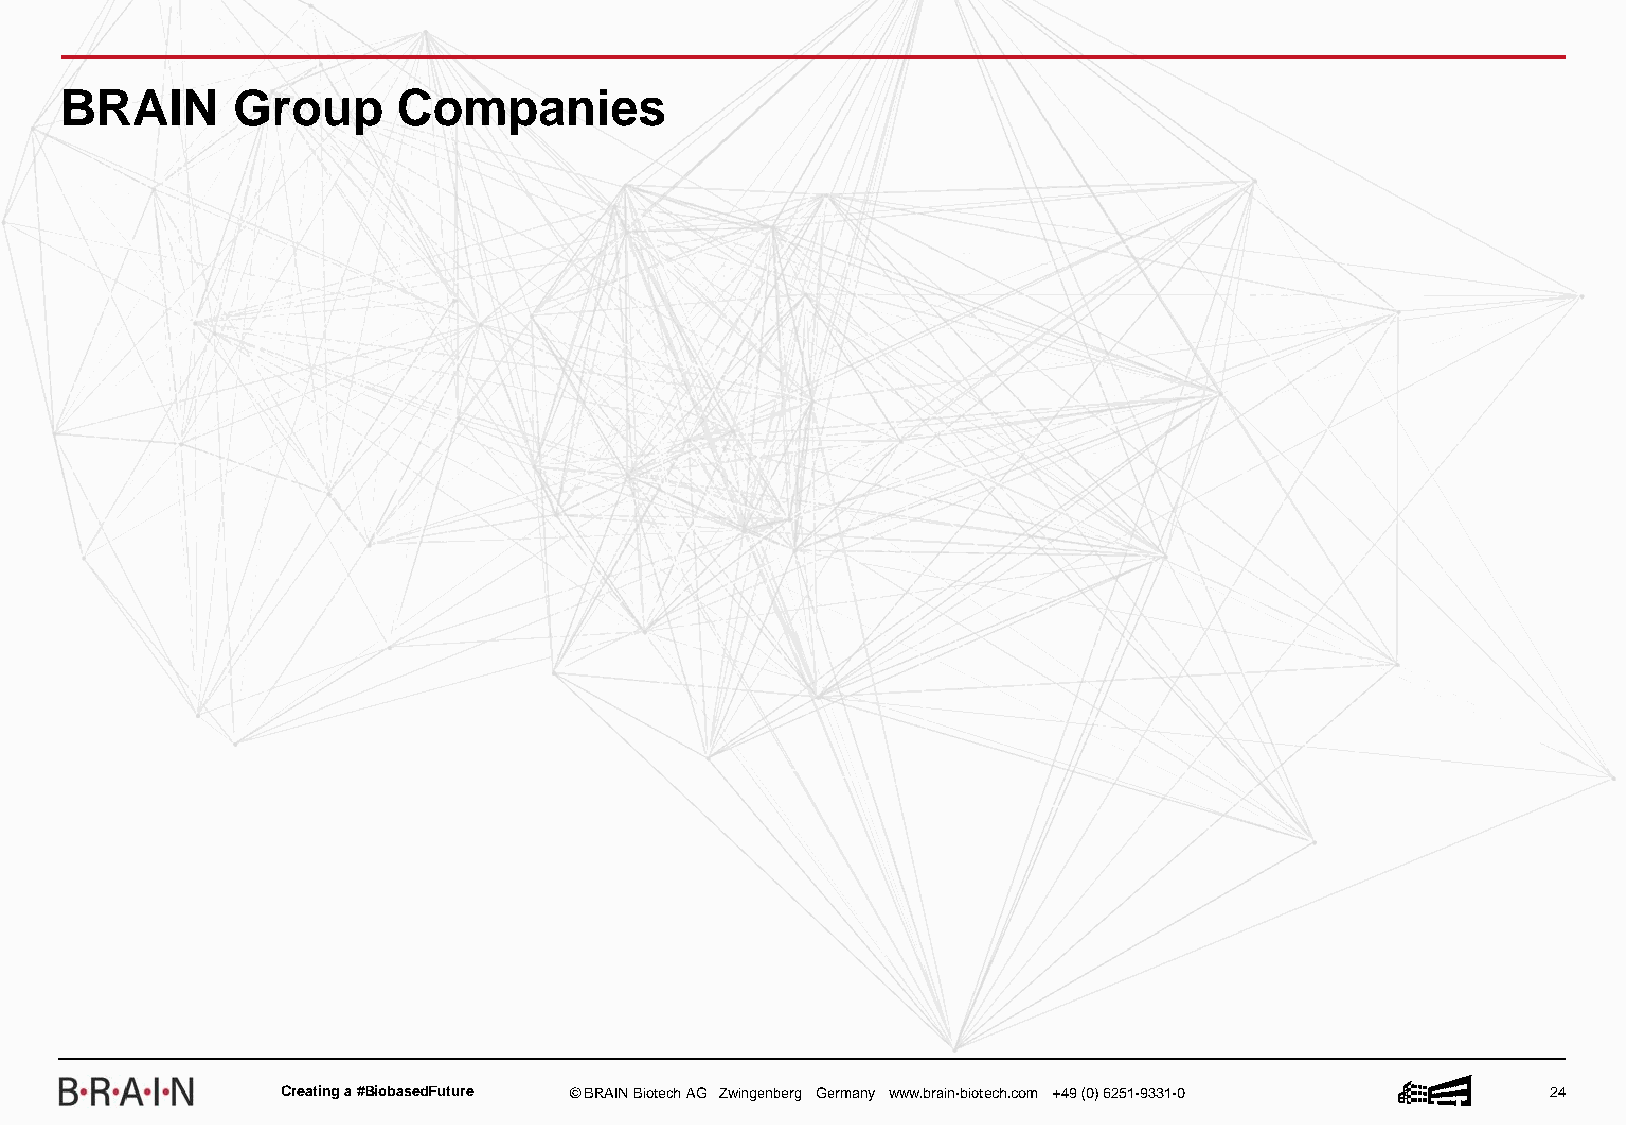
BRAIN      Group      Companies
 Creatinga #BiobasedFuture © BRAIN BiotechAG Zwingenberg Germany www.brain-biotech.com +49 (0) 6251-9331-0 24